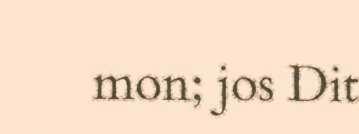
mon; jos Dit